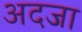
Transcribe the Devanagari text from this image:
अदजा